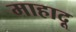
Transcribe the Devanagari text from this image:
माहादू